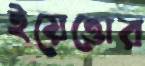
ইয়েত্তোর